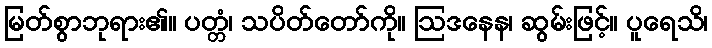
မြတ်စွာဘုရား၏။ ပတ္တံ၊ သပိတ်တော်ကို။ ဩဒနေန၊ ဆွမ်းဖြင့်။ ပူရေသိ၊